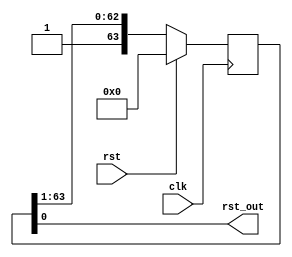
module resetter (
    input wire clk,
    input wire rst,
    output wire rst_out
);

assign rst_out = shift[0];

reg [63:0] shift;

always @(posedge clk)
begin
    shift <= {1'b1, shift[63:1]};

    if (rst)
    begin
        // reset
        shift <= 64'd0;
    end
end

endmodule